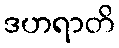
ဒဟရာတိ